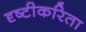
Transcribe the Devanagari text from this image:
दृष्टीकरिता